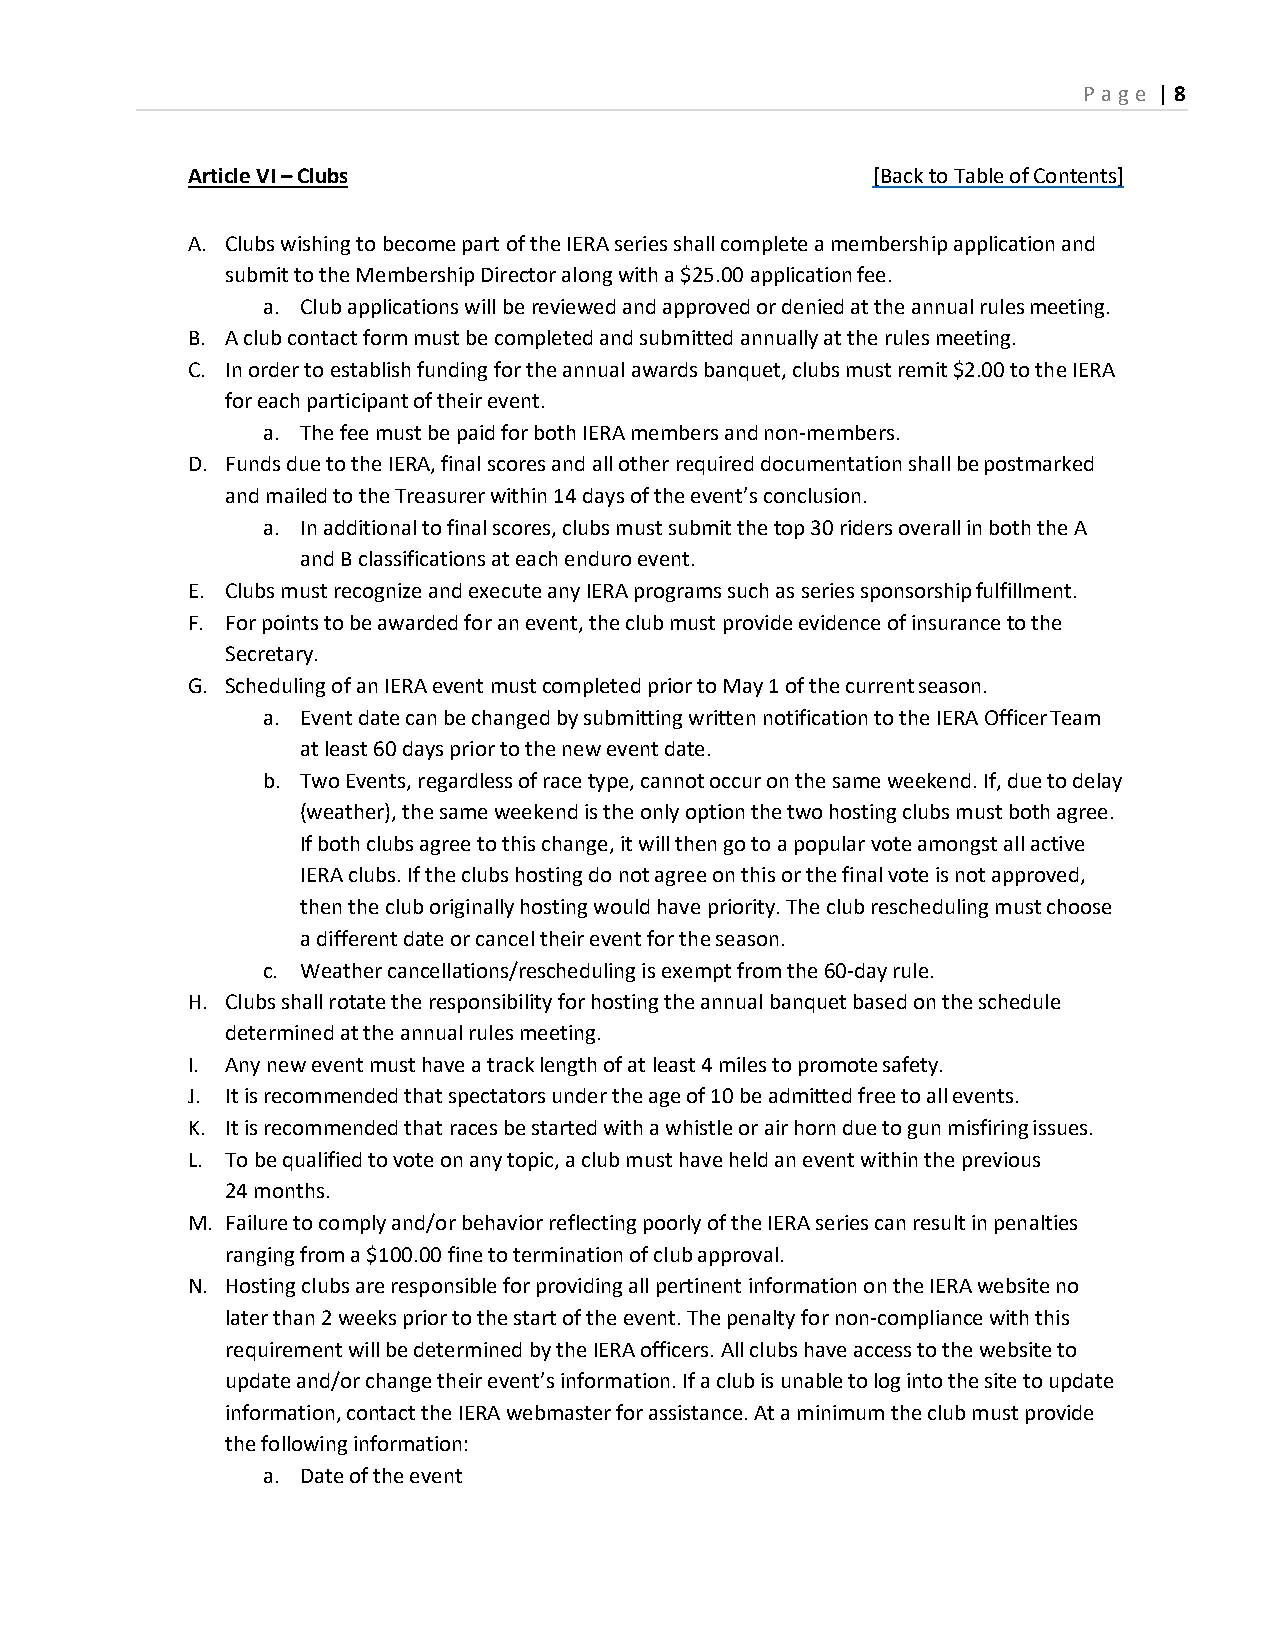
P age | 8
 Article VI – Clubs                            [Back to Table of Contents]
 A. Clubs wishing to become part of the IERA series shall complete a membership application and
 submit to the Membership Director along with a $25.00 application fee.
 a. Club applications will be reviewed and approved or denied at the annual rules meeting.
 B. A club contact form must be completed and submitted annually at the rules meeting.
 C. In order to establish funding for the annual awards banquet, clubs must remit $2.00 to the IERA
 for each participant of their event.
 a. The fee must be paid for both IERA members and non-members.
 D. Funds due to the IERA, final scores and all other required documentation shall be postmarked
 and mailed to the Treasurer within 14 days of the event’s conclusion.
 a. In additional to final scores, clubs must submit the top 30 riders overall in both the A
 and B classifications at each enduro event.
 E. Clubs must recognize and execute any IERA programs such as series sponsorship fulfillment.
 F. For points to be awarded for an event, the club must provide evidence of insurance to the
 Secretary.
 G. Scheduling of an IERA event must completed prior to May 1 of the current season.
 a. Event date can be changed by submitting written notification to the IERA Officer Team
 at least 60 days prior to the new event date.
 b. Two Events, regardless of race type, cannot occur on the same weekend. If, due to delay
 (weather), the same weekend is the only option the two hosting clubs must both agree.
 If both clubs agree to this change, it will then go to a popular vote amongst all active
 IERA clubs. If the clubs hosting do not agree on this or the final vote is not approved,
 then the club originally hosting would have priority. The club rescheduling must choose
 a different date or cancel their event for the season.
 c. Weather cancellations/rescheduling is exempt from the 60-day rule.
 H. Clubs shall rotate the responsibility for hosting the annual banquet based on the schedule
 determined at the annual rules meeting.
 I. Any new event must have a track length of at least 4 miles to promote safety.
 J. It is recommended that spectators under the age of 10 be admitted free to all events.
 K. It is recommended that races be started with a whistle or air horn due to gun misfiring issues.
 L. To be qualified to vote on any topic, a club must have held an event within the previous
 24 months.
 M. Failure to comply and/or behavior reflecting poorly of the IERA series can result in penalties
 ranging from a $100.00 fine to termination of club approval.
 N. Hosting clubs are responsible for providing all pertinent information on the IERA website no
 later than 2 weeks prior to the start of the event. The penalty for non-compliance with this
 requirement will be determined by the IERA officers. All clubs have access to the website to
 update and/or change their event’s information. If a club is unable to log into the site to update
 information, contact the IERA webmaster for assistance. At a minimum the club must provide
 the following information:
 a. Date of the event